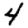
Digit: 4